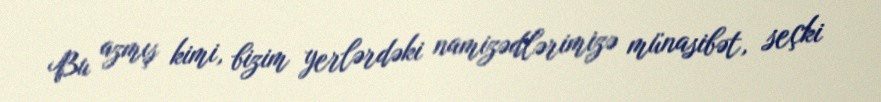
Bu azmış kimi, bizim yerlərdəki namizədlərimizə münasibət, seçki